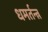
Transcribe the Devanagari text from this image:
धमर्तन्त्र